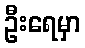
ဦးရေမှာ